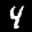
Label: 4